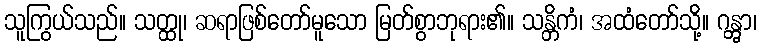
သူကြွယ်သည်။ သတ္ထု၊ ဆရာဖြစ်တော်မူသော မြတ်စွာဘုရား၏။ သန္တိကံ၊ အထံတော်သို့။ ဂန္တွာ၊